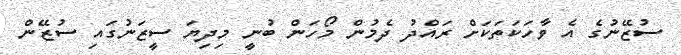
ސުޒޭނުގެ އެ ވާހަކަތަކަށް ރައްދު ދެމުން މޯހަން ބުނީ މިދިޔަ ސީޒަނުގައި ސުޒޭން